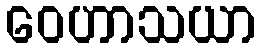
ဝေဟာသယာ